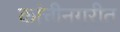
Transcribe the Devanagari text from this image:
कांचीनगरीत